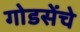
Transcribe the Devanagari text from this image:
गोडसेंचे